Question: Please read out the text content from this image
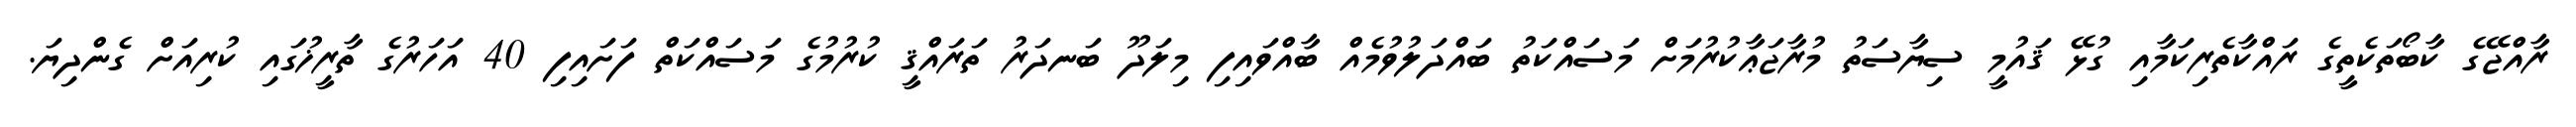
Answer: ރާއްޖޭގެ ކާބޯތަކެތީގެ ރައްކާތެރިކަމާއި ގުޅޭ ޤައުމީ ސިޔާސަތު މުރާޖަޢާކުރުމަށް މަސައްކަތު ބައްދަލުވުމެއް ބާއްވައިފި މިލަދޫ ބަނދަރު ތަރައްޤީ ކުރުމުގެ މަސައްކަތް ފަށައިފި 40 އަހަރުގެ ތާރީޚުގައި ކުރިއަށް ގެންދިޔަ.